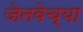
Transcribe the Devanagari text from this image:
जेनवेच्या